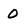
Character: 0